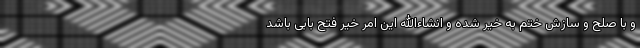
و با صلح و سازش ختم به خیر شده و انشاءالله این امر خیر فتح بابی باشد